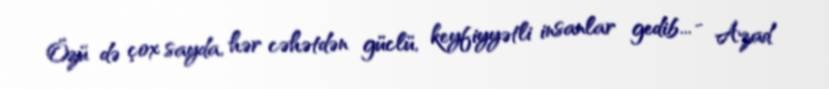
Özü də çox sayda, hər cəhətdən güclü, keyfiyyətli insanlar gedib... - Azad